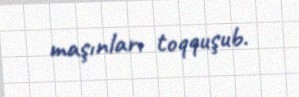
maşınları toqquşub.